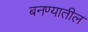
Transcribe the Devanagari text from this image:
बनण्यातील